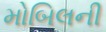
મોબિલની